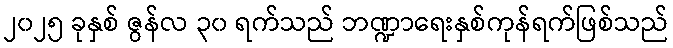
၂၀၂၅ ခုနှစ် ဇွန်လ ၃၀ ရက်သည် ဘဏ္ဍာရေးနှစ်ကုန်ရက်ဖြစ်သည်